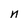
Character: n